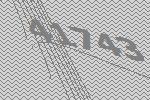
41743